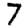
Digit: 7